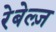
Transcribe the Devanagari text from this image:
रेबेल्ज़